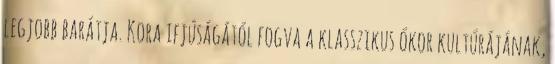
legjobb barátja. Kora ifjúságától fogva a klasszikus ókor kultúrájának,